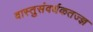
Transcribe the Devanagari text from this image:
वास्तुसंवर्धकतज्ज्ञ